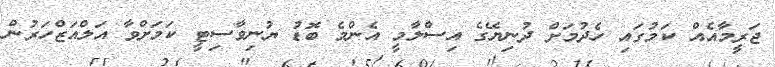
ޖަރީމާއެއް ކަމުގައި ހެދުމަށް ދުނިޔޭގެ އިސްލާމީ އެންމެ ބޮޑު ޔުނިވާސިޓީ ކަމަށްވާ އަލްއަޒްހަރުން